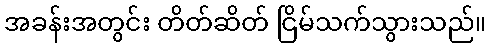
အခန်းအတွင်း တိတ်ဆိတ် ငြိမ်သက်သွားသည်။